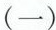
(一)